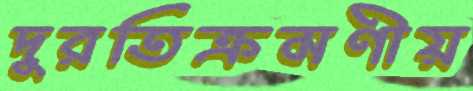
দুরতিক্রমণীয়